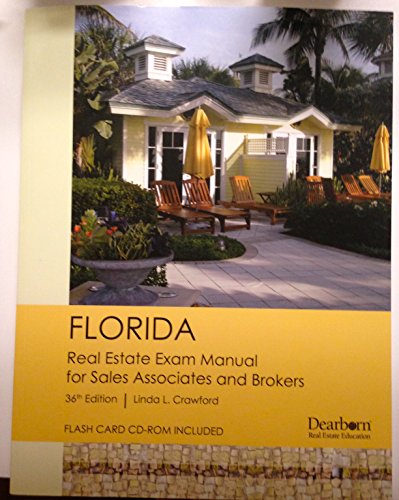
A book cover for Florida Real Estate Exam Manual for Sales Associates and Brokers 36th Edition By Linda L. Crawford; Linda Crawford; Test Preparation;